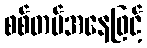
စစ်တပ်အနေဖြင့်